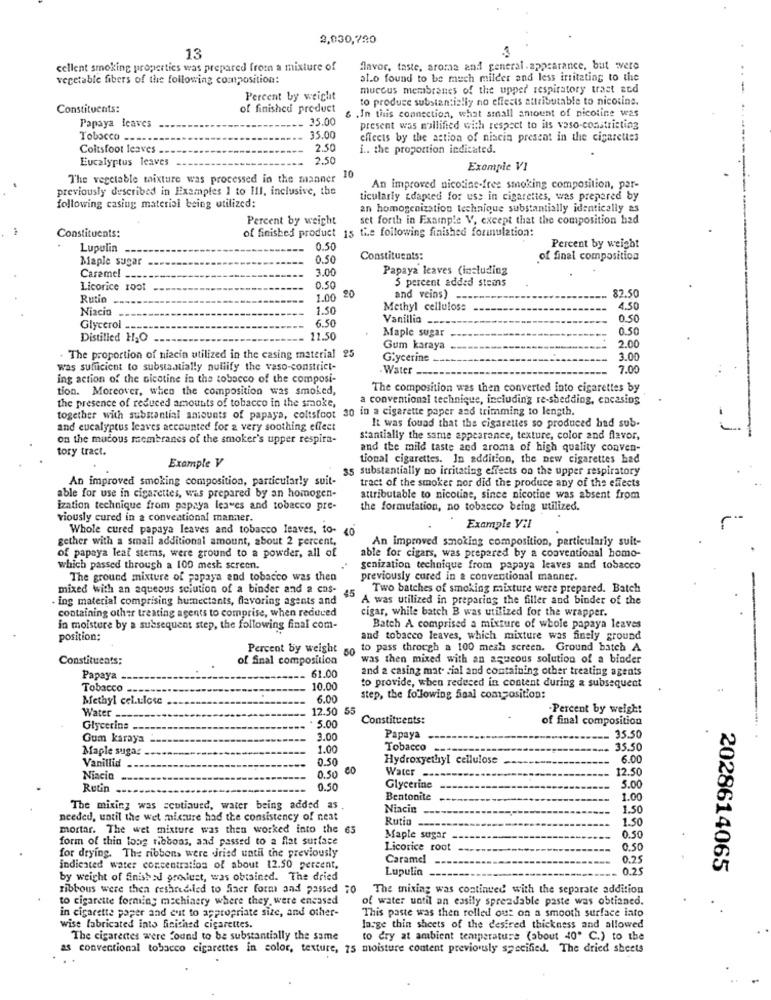
2,030,720
13
cellent smoking properties was prepared from a mixture of
flavor, taste, aroma and general. appearance, but were
vegetable fibers of the following composition:
al.o found to be much milder and less irritating to the
mucous membranes of the upper respiratory tract and
Percent by weight
to produce substantially no effects attributable to nicotine.
Constituents:
of finished product
6 .In this connection, what small amount of nicotine was
35.00
Papaya leaves
present was nullified with respect to its vaso-constricting
Tobacco ---.
35.00
effects by the action of niacin present in the cigarettes
Coltsfoot leaves -
2.50
i .. the proportion indicated.
Eucalyptus leaves
2.50
Exemple VI
The vegetable mixture was processed in the manner
10
previously described in Examples 1 to III, inclusive, the
An improved nicotine-free smoking composition, par-
ticularly tdapted for use in cigarettes, was prepared by
following casing material being utilized:
an homogenization technique substantially identically as
Percent by weight
set forth in Example V, except that the composition had
of finished product 15 the following finished formulation:
Constituents:
Lupulin
0.50
Percent by weight
Maple sugar
0.50
Constituents:
of final composition
3.00
Papaya leaves (including
Caramel __
5 percent added stems
Licorice root
0.50
82.50
Rutin
1.00
20
and veins) ---
Niacin
1.50
Methyl cellulose
4.50
6.50
Vanillia -
0.50
Glycerol ...
0.50
Distilled H2O
11.50
Maple sugar
2.00
Gum karaya
. The proportion of niacin utilized in the casing material 25
Glycerine
3.00
was sufficient to substantially nullify the vaso-constrict-
- Water -.
7.00
ing action of the nicotine in the tobacco of the composi-
tion. Moreover, when the composition was smoked,
The composition was then converted into cigarettes by
a conventional technique, including re-shedding, encasing
the presence of reduced amounts of tobacco in the smoke,
together with substantial amounts of papaya, coltsfoot 30 in a cigarette paper and trimming to length.
It was found that the cigarettes so produced had sub-
and eucalyptus leaves accounted for a very soothing effect
on the mucous membranes of the smoker's upper respira-
stantially the same appearance, texture, color and flavor,
tory tract.
and the mild taste zed aroma of high quality conven-
tional cigarettes. In addition, the new cigarettes had
Example V
35 substantially no irritating effects on the upper respiratory
An improved smoking composition, particularly suit-
tract of the smoker nor did the produce any of the effects
able for use in cigarettes, was prepared by an homogen-
attributable to nicotine, since nicotine was absent from
ization technique from papaya leaves and tobacco pre-
the formulation, no tobacco being utilized.
viously cured in a conventional manner.
Whole cured papaya leaves and tobacco leaves, to-
10
Example Vil
gether with a small additional amount, about 2 percent,
An improved smoking composition, particularly suit-
of papaya leaf stems, were ground to a powder, all of
able for cigars, was prepared by a conventional homo-
which passed through a 100 mesh screen.
genization technique from papaya leaves and tobacco
The ground mixture of papaya and tobacco was then
previously cured in a conventional manner.
mixed with an aqueous solution of a binder and a cas-
45
Two batches of smoking mixture were prepared. Batch
ing material comprising humectants, flavoring agents and
A was utilized in preparing the filler and binder of the
cigar, while batch B was utilized for the wrapper.
containing other treating agents to comprise, when reduced
in moisture by a subsequent step, the following final com-
Batch A comprised a mixture of whole papaya leaves
position:
and tobacco leaves, which mixture was finely ground
Percent by weight
50
to pass through a 100 mesh screen. Ground batch A
Constituents:
of Sinal composition
was then mixed with an aqueous solution of a binder
and 2 casing mat- cial and containing other treating agents
Papaya
61.00
to provide, when reduced in content during a subsequent
Tobacco ..
10.00
Methyl celulose
6.00
step, the following Saal composition:
Water-
12.50 5
-Percent by weight
Constituents:
of final composition
Glycerins .
5.00
Gum karaya
3.00
Papaya
35.50
Maple sugas
1.00
Tobacco ----
35.50
Vanillid
0.50
Hydroxyethyl cellulose
6.00
Water
12.50
Niacin
0.50
Rutin
0.50
Glycerine
5.00
Bentonite
1.00
The mixing was scotiaued, water being added as .
Niacin
1.50
needed, until the wet mixture had the consistency of neat
Rutin
1.50
mortar. The wet mixture was then worked into the 65
form of thin long ribbons, and passed to a flat surface
Maple sugar
0.50
for drying. The ribbons were Jried until the previously
Licorice root
0.50
Caramel
0.25
indiented water concentration of about 12.50 percent.
Lupulia
0.25
2028614065
by weight of finished grolust, was obtained. The dried
ribbous were then reshredded to finer form and passed 70 The mixing was continued with the separate addition
to cigarette forming machinery where they were encased
of water until an easily spreadable paste was obtianed.
in cigarette paper and enit to appropriate size, and other-
This paste was then rolled out on a smooth surface iato
wise fabricated into finished cigarettes.
large thin sheets of the desired thickness and allowed
The cigarettes were found to be substantially the same
to dry at ambient temperature (about 40" C.) to the
as conventional tobacco cigarettes in color, texture, 75 moisture content previously specified. The dried sheets